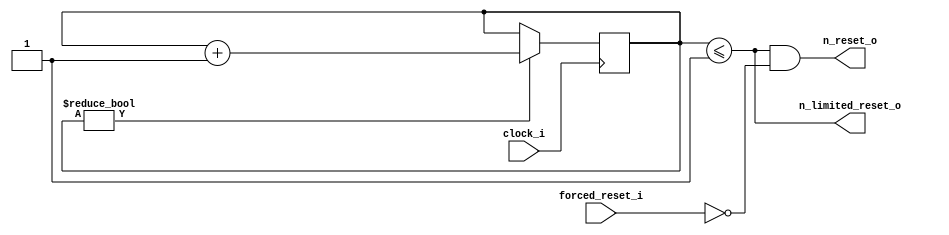
module global_reset(
	input clock_i,
	input forced_reset_i,		// Data5 from supervisor, active high
	output n_reset_o,				// Global reset, active low
	output n_limited_reset_o	// Special limited reset, just for DMA program upload, not affected by forced_reset_i
	);

	// Wire definitions

	// Registers
	reg [7:0] reset_counter = 1;
	
	// Assignments
	assign n_reset_o 				= (reset_counter <= 1) & !forced_reset_i;	
	assign n_limited_reset_o 	= (reset_counter <= 1);	
	// Reset held high from first tick, then low until register roll over

	// Module connections
	
	// Simulation branches and control
	
	// Other logic
	always @(negedge clock_i)
		if( reset_counter != 0 )
			reset_counter <= reset_counter + 1'd1;
	
endmodule